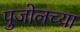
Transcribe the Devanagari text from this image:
पुजोलच्या